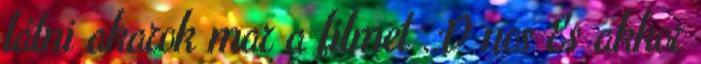
látni akarok mar a filmet .:D nos Es akkor